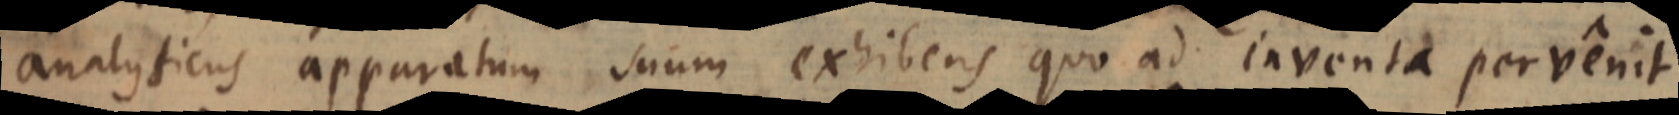
analyticus apparatum suum exhibens quo ad inventa pervenit